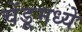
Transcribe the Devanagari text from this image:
चेंडूमध्ये